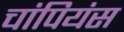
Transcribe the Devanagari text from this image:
चांपियंस